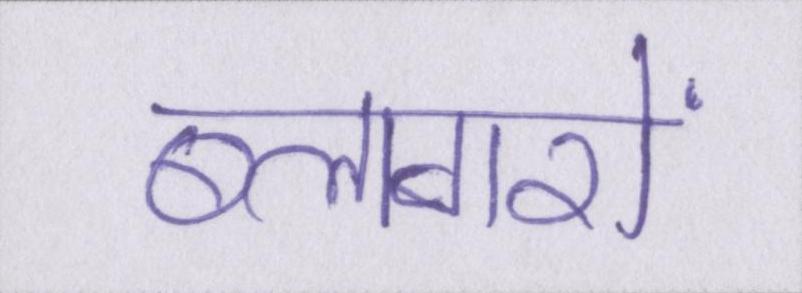
ब्लागरों